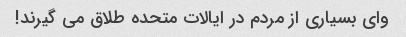
وای بسیاری از مردم در ایالات متحده طلاق می گیرند!